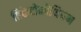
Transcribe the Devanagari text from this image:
हिकेटोमीथियम